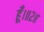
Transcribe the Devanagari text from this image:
हूँ।॥२॥